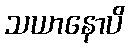
သယာနောပိ